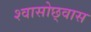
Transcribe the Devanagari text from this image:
श्वासोछ्वास